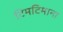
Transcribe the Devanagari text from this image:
टिमटिमाना